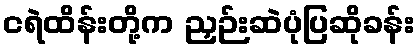
ငရဲထိန်းတို့က ညှဉ်းဆဲပုံပြဆိုခန်း